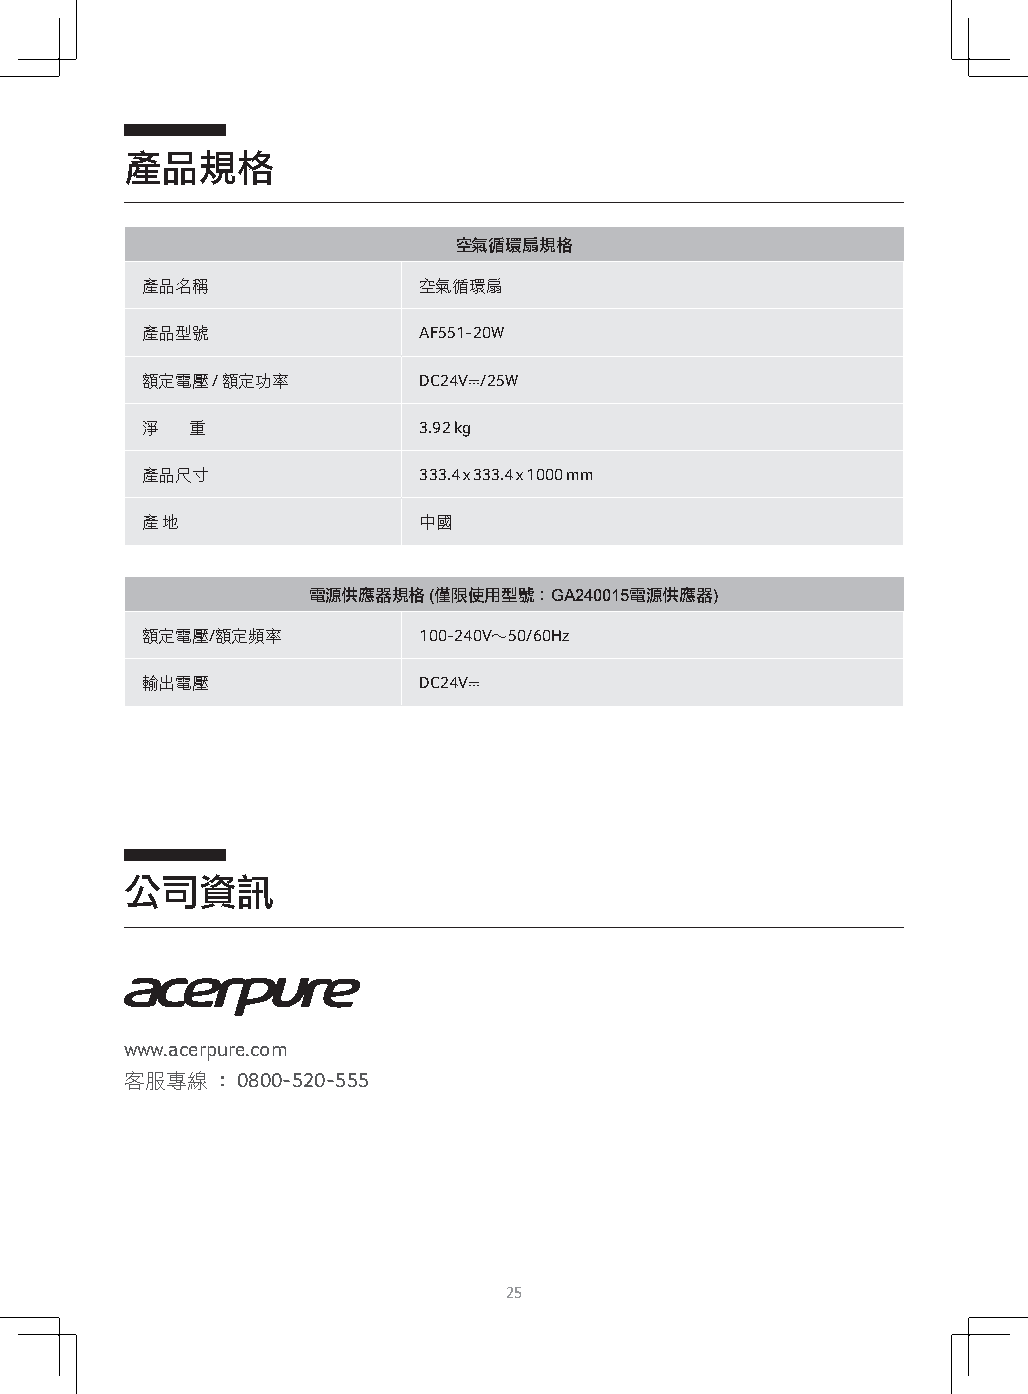
產品規格
 空氣循環扇規格
 產品名稱               空氣循環扇
 產品型號               AF551-20W
 額定電壓 / 額定功率        DC24V⎓/25W
 淨   重              3.92 kg
 產品尺寸               333.4 x 333.4 x 1000 mm
 產 地                中國
 電源供應器規格 (僅限使用型號：GA240015電源供應器)
 額定電壓/額定頻率          100-240V～50/60Hz
 輸出電壓               DC24V⎓
 公司資訊
 www.acerpure.com
 客服專線  ： 0800-520-555
 25